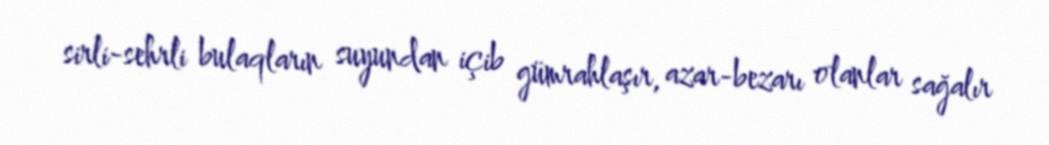
sirli-sehrli bulaqların suyundan içib gümrahlaşır, azar-bezarı olanlar sağalır